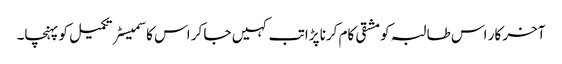
آخر کار اس طالبہ کو مشقی کام کرنا پڑا تب کہیں جا کر اس کا سمیسٹر تکمیل کو پہنچا۔